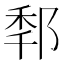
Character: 𨛲